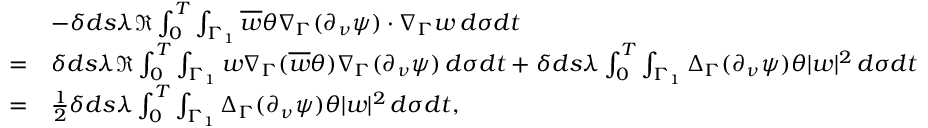
\begin{array} { r l } & { - \delta d s \lambda \Re \int _ { 0 } ^ { T } \int _ { \Gamma _ { 1 } } \overline { { w } } \theta \nabla _ { \Gamma } ( \partial _ { \nu } \psi ) \cdot \nabla _ { \Gamma } w \, d \sigma d t } \\ { = } & { \delta d s \lambda \Re \int _ { 0 } ^ { T } \int _ { \Gamma _ { 1 } } w \nabla _ { \Gamma } ( \overline { { w } } \theta ) \nabla _ { \Gamma } ( \partial _ { \nu } \psi ) \, d \sigma d t + \delta d s \lambda \int _ { 0 } ^ { T } \int _ { \Gamma _ { 1 } } \Delta _ { \Gamma } ( \partial _ { \nu } \psi ) \theta | w | ^ { 2 } \, d \sigma d t } \\ { = } & { \frac { 1 } { 2 } \delta d s \lambda \int _ { 0 } ^ { T } \int _ { \Gamma _ { 1 } } \Delta _ { \Gamma } ( \partial _ { \nu } \psi ) \theta | w | ^ { 2 } \, d \sigma d t , } \end{array}